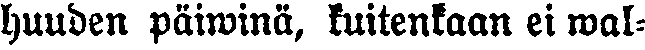
huuden päiwinä, kuitenkaan ei mal-